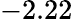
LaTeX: -2.22